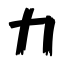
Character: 力